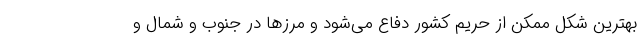
بهترین شکل ممکن از حریم کشور دفاع می‌شود و مرز‌ها در جنوب و شمال و